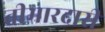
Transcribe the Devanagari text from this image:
तीमारदारी